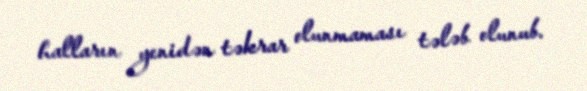
halların yenidən təkrar olunmaması tələb olunub.